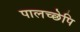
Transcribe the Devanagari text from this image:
पालच्छेपि